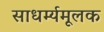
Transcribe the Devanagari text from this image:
साधर्म्यमूलक